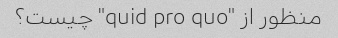
منظور از "quid pro quo" چیست؟